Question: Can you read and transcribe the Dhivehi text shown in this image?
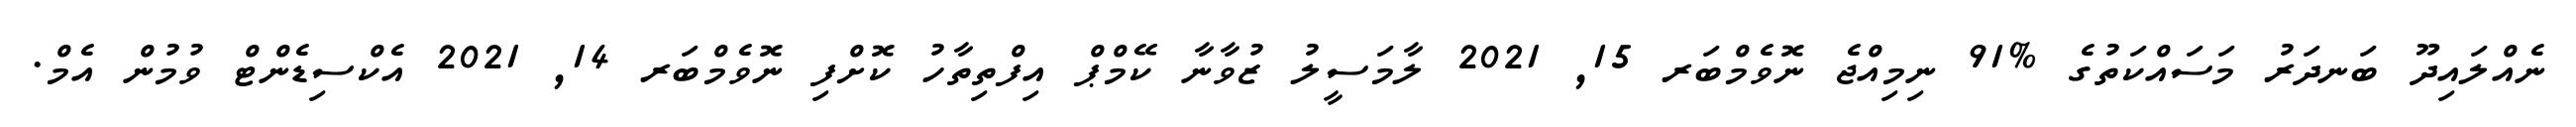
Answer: ނެއްލައިދޫ ބަނދަރު މަސައްކަތުގެ %91 ނިމިއްޖެ ނޮވެމްބަރ 15, 2021 ލާމަސީލު ޒުވާނާ ކޭމްޕް އިފްތިތާހު ކޮށްފި ނޮވެމްބަރ 14, 2021 އެކްސިޑެންޓް ވުމުން އެމް.